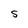
Character: s